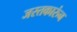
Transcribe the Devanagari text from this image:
जस्तकारुंन